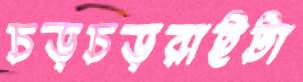
চড়চড়রাইটা